Inquiry into the circumstances attending an outbreak of cholera in H. M.'s 18th Hussars at Secunderabad in the month of May
Year: 1871
Disease focus: Cholera
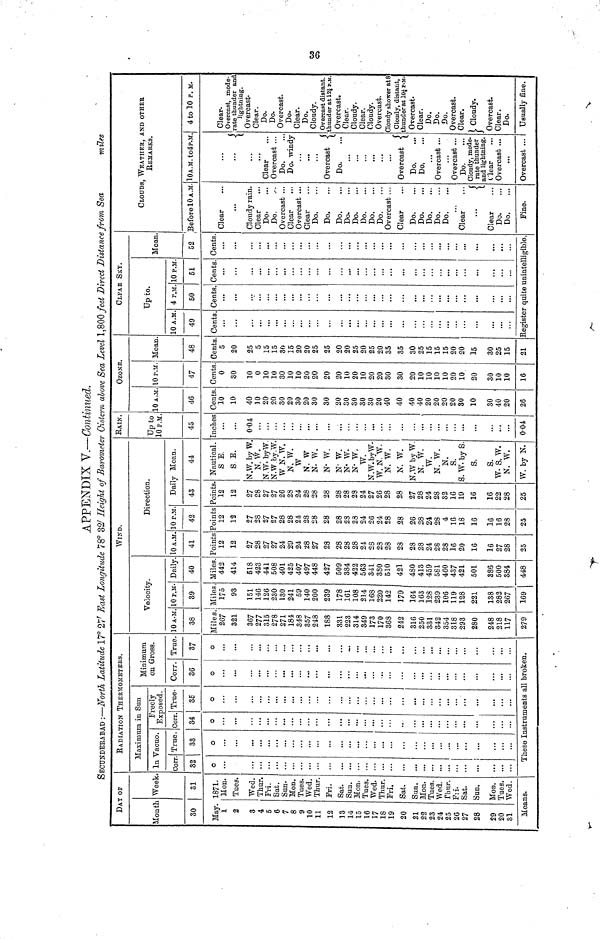
APPENDIX V.—Continued.
SECUNDERABAD :—North Latitude 17° 27' East Longitude 78° 32 Height of Barometer Cistern above Sea Level 1,800 feet Direct Distance from Sea
miles
DAY OF
Monti
30
May.
1
2
3
4
6
7
8
9
10
12
13
14
15
16
17
18
19
20
21
22
23
24
26
27
28
29
20
31
Means
Week
31
1871.
Mon.
Tues.
Wed.
Thur.
Fri
Sat.
Sun.
Mon.
Tues.
Wed.
Thur.
Fri.
Sat.
Sun.
Mon.
Tues.
Wed.
Thur.
Fri.
Sat.
Sun.
Mon.
Tues.
Wed.
Thur.
Fri.
Sat.
Sun.
Mon.
Tues
Wed.
RADIATION THERMOMETERS.
Maximum in Sun
In Vacuo.
Corr
32
o
True.
33
o
These
Freely
Exposed.
Corr
| 34
o
Instruments
True.
35
o
all
Minimum
on Gross.
Corr.
36
o
broken.
True.
37
o
WIND.
Velocity.
10 A.M
38
Miles
267
321
367
277
315
278
271
184
348
357
248
188
331
223
314
349
173
170
368
242
316
250
331
342
354
318
293
280
248
218
117
279
10 P.M
39
Miles
175
93
151
146
126
230
130
241
59
140
200
239
178
161
108
214
168
220
142
179
164
163
128
239
106
119
128
221
138
282
267
169
Daily
40
Miles.
442
414
618
423
441
508
401
425
407
497
448
509
384
422
563
341
380
510
421
480
413
459
581
460
437
421
501
388
500
384
448
Direction.
10 A.M.
41
Point
12
12
27
28
27
27
24
29
24
28
27
28
28
28
28
24
28
28
28
28
28
28
24
28
28
16
20
16
16
27
28
25
10 P.M
42
Points
12
12
27
28
27
27
28
28
24
28
28
28
28
23
24
26
24
28
28
26
28
24
28
4
16
18
16
16
16
28
25
Daily Moan.
43
Points
12
12
27
28
27
27
26
28
24
28
28
28
28
23
24
27
26
28
28
27
28
24
28
32
16
19
16
16
22
28
25
44
Nautical.
S E.
S E.
N.W. by W.
N. W.
N.W- byW.
N.W by.W.
W N.W.
N. W.
W
N. W
N. W.
N. W.
N. W.
N. W.
N. W.
W.
N.W. by W.
W. N. W.
N. W.
N. W.
N.W by W.
N. W.
W.
N. W.
N.
S.
S. W. by S.
S.
w. s. w.
N. W.
W. by N.
RAIN.
Up to
10 P.M
45
Inches
0·04
0·04
OZONE.
10 A.M
46
Cents
10
10
40
10
20
20
30
20
30
20
30
20
30
30
30
30
20
40
Aft
40
40
20
20
20
20
30
10
30
40
20
26
10 P.M.
47
Cents.
0
30
10
0
10
10
30
10
10
20
20
20
20
10
20
10
20
20
30
30
20
10
10
10
10
20
10
on
30
10
10
16
Mean
48
Cents
5
20
25
5
15
15
30
15
20
20
25
25
20
20
25
20
25
20
35
35
30
25
15
15
15
20
20
15
30
25
15
21
CLFAR SKY.
Up to.
10 A.M.
49
Cents
Register
4 P.M.
50
Cents.
quite
10 P.M
51
Cents.
unintell
Mean
52
Cents
igible.
CLOUDS, WEATHER, AND OTHER
REMARKS.
Before 10 A.M.
Clear
Cloudy rain.
Clear
Do.
Do.
Overcast ...
Clear
Overcast ...
Clear
Do.
Do.
Do.
Do.
Do.
Do.
Do.
Do.
Overcast
Clear Clear
Do.
Do.
Do.
Do.
Do.
Clear
Clear
Do.
Do.
Fine.
10 A.M. to4p.M
Clear
Overcast
Do.
Do. windy
Overcast
Do.
Overcast
Do.
Do.
Overcast ...
Overcast ...
Do.
Cloudy, mode-
rate thunder
and lightning.
Clear
Overcast ...
...
Overcast ...
4 to 10 P.M.
Clear.
Overcast, mode-
rate thunder and
lightning.
Overcast.
Clear.
Do.
Do.
Overcast.
Do.
Clear.
Do.
Cloudy.
Overcast distant.
thunder at 12¼ P.M.
Overcast.
Clear.
Cloudy.
Clear.
Cloudy.
Overcast.
Cloudy shower at 8
Cloudy, distant,
thunder at 10¼ P-M.
Overcast.
Clear.
Do.
Do.
Do.
Overcast.
Clear.
Cloudy.
Overcast.
Clear.
Do.
Usually fine.
36